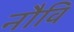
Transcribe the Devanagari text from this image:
नौवि